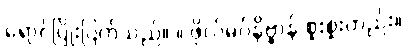
ရောင်ပြိုးပြက်သည်။ ။ ဖိုလ်မဂ်နိဗ္ဗာန် စူးစူးတည်း။